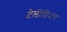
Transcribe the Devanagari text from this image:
टेलीप्रिन्टर